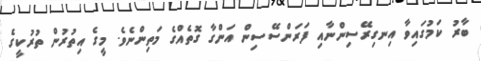
ބާރު ކަމުގައިވާ އިނގިރޭސިންނާއި ފަރަންސޭސިން އަންގާ ގޮތެއްގެ މަތިންނެވެ. މީގެ އިތުރުން ތުރުކީގެ